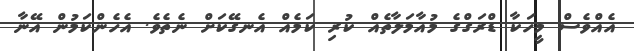
އެއްވެސް މީހަކާ ޑްރަގްގެ މުއާމަލާތެއް ކުރި ކަމެއް އެނގޭކަށް ނެތެވެ. އެހެންކަމުން އޭނާ